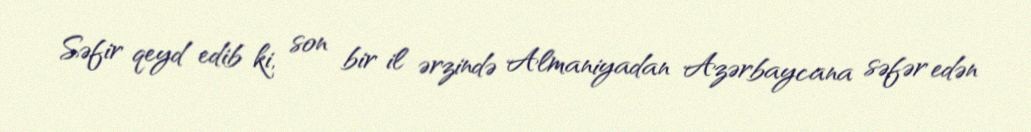
Səfir qeyd edib ki, son bir il ərzində Almaniyadan Azərbaycana səfər edən